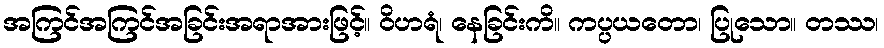
အကြင်အကြင်အခြင်းအရာအားဖြင့်။ ဝိဟရံ၊ နေခြင်းကိ။ ကပ္ပယတော၊ ပြုသော။ တဿ၊